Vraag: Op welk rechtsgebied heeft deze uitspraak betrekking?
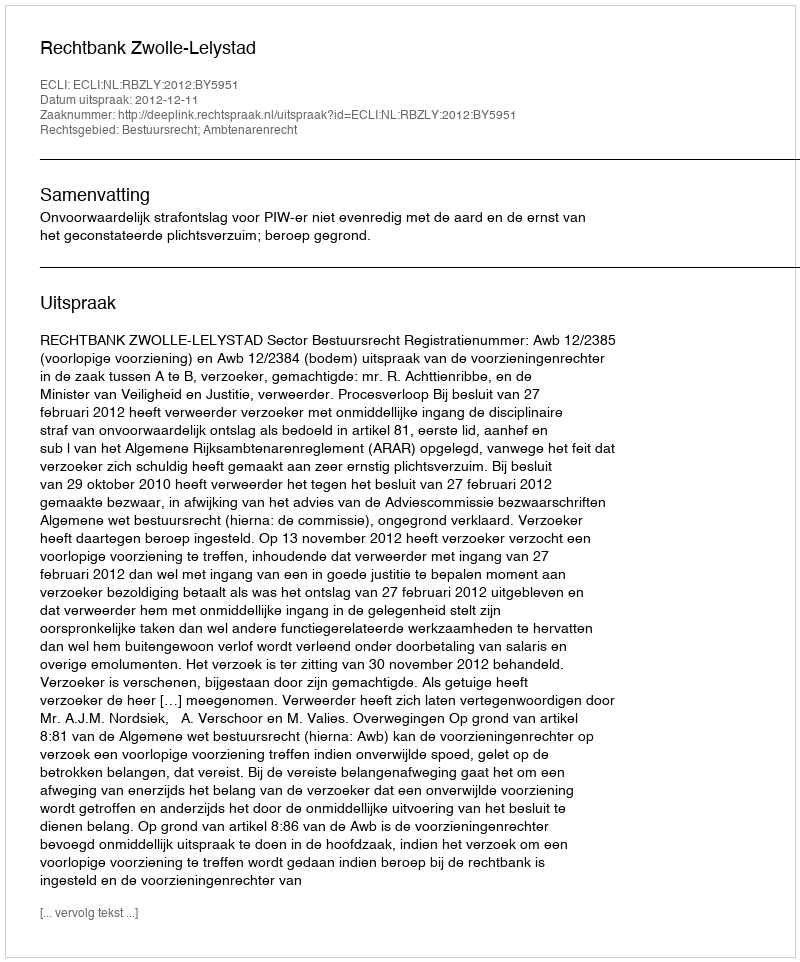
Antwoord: Bestuursrecht; Ambtenarenrecht